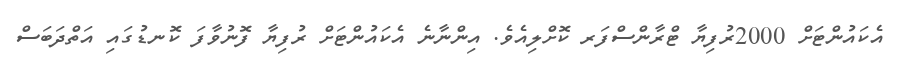
އެކައުންޓަށް 2000ރުފިޔާ ޓްރާންސްފަރ ކޮށްލިއެވެ. އިންނާނެ އެކައުންޓަށް ރުފިޔާ ފޮނުވާފަ ކޮނޑުގައި އަތްދަބަސް